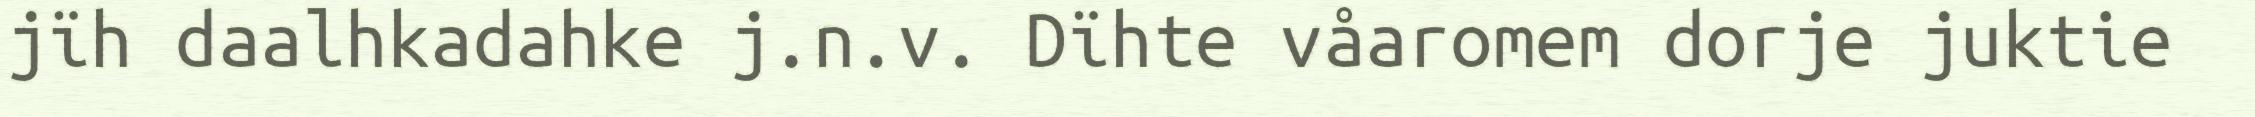
jïh daalhkadahke j.n.v. Dïhte våaromem dorje juktie